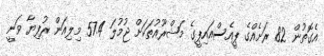
އެގޮތުން 82 ރަށެއްގެ ޕީއެސްއައިޕީގެ މަޝްރޫއުތަކަށް ޖުމުލަ 57.4 މިލިއަން ރުފިޔާ ވަނީ